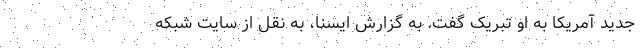
جدید آمریکا به او تبریک گفت. به گزارش ایسنا، به نقل از سایت شبکه